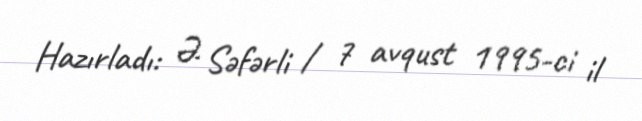
Hazırladı: Ə. Səfərli / 7 avqust 1995-ci il